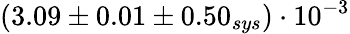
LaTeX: (3.09\pm 0.01\pm 0.50_{sys})\cdot 10^{-3}